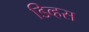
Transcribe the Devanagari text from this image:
डिव्हस